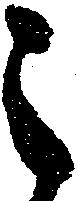
之